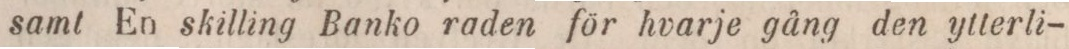
samt En skilling Banko raden för hvarje gång den ytterli-